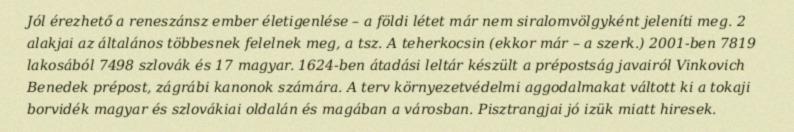
Jól érezhető a reneszánsz ember életigenlése – a földi létet már nem siralomvölgyként jeleníti meg. 2 alakjai az általános többesnek felelnek meg, a tsz. A teherkocsin (ekkor már – a szerk.) 2001-ben 7819 lakosából 7498 szlovák és 17 magyar. 1624-ben átadási leltár készült a prépostság javairól Vinkovich Benedek prépost, zágrábi kanonok számára. A terv környezetvédelmi aggodalmakat váltott ki a tokaji borvidék magyar és szlovákiai oldalán és magában a városban. Pisztrangjai jó izük miatt hiresek.